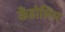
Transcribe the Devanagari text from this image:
कैंडोलिम